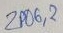
Text: ZP06.2